Annual returns of the Patna Lunatic Asylum at Bankipore in Bihar and Orissa - 1912-1924
Year: 1912
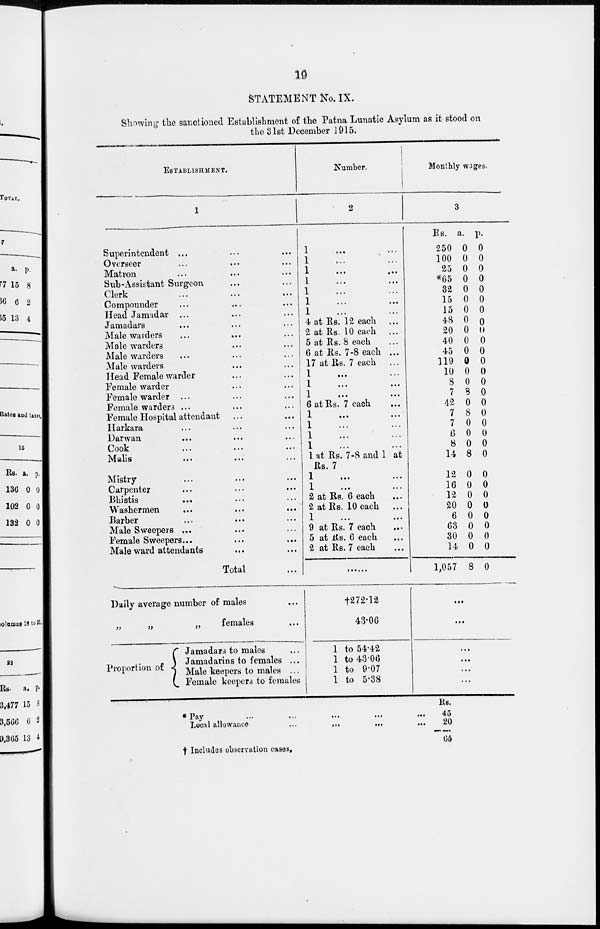
19
STATEMENT No. IX.
Showing the sanctioned Establishment of the Patna Lunatic Asylum as it stood on
the 31st December 1915.
ESTABLISHMENT.
1
Superintendent ... ... ...
Overseer ... ... ...
Matron ... ... ...
Sub-Assistant Surgeon ... ...
Clerk ... ... ...
Compounder ... ... ...
Head Jamidar ... ... ...
Jamadars ... ... ...
Male warders ... ... ...
Male warders ... ... ...
Male warders ... ... ...
Male warders ... ... ...
Head Female warder ... ...
Female warder ... ... ...
Female warder ... ... ...
Female warders ... ... ...
Female Hospital attendant ... ...
Harkara ... ... ...
Darwan ... ... ...
Cook ... ... ...
Malis ... ... ...
Mistry ... ... ...
Carpenter ... ... ...
Bhistis ... ... ...
Washermen ... ... ...
Barber ... ... ...
Male Sweepers ... ... ...
Female Sweepers... ... ...
Male ward attendants ... ...
Total ...
Daily average number of males ...
„
„
„
females ...
Proportion of
Jamadars to males ...
Jamadarins to females ...
Male keepers to males ...
Female keepers to females
Number.
2
1 ... ...
1 ... ...
1 ... ...
1
...
...
1 ... ...
1 ... ...
1 ... ...
4 at Rs. 12 each ...
2 at Rs. 10 each ...
5 at Rs. 8 each ...
6 at Rs. 7-8 each ...
17 at Rs. 7 each ...
1 ... ...
1 ... ...
1
...
...
6 at Rs. 7 each ...
1 ... ...
1 ... ...
1 ... ...
1 ... ...
1 at Rs. 7-8 and 1 at
Rs. 7
1 ... ...
1 ... ...
2 at Rs. 6 each ...
2 at Rs. 10 each
...
1 ... ...
9 at Rs. 7 each ...
5 at Rs. 6 each ...
2 at Rs. 7 each ...
†272.12
43.06
1 to 54.42
1 to 43.06
1 to 9.07
1 to 5.38
Monthly wages.
3
Rs.
250
100
25
*65
32
15
15
48
20
40
45
119
10
8
7
42
7
7
6
8
14
12
16
12
20
6
63
30
14
1,057
a.
0
0
0
0
0
0
0
0
0
0
0
0
0
0
8
0
8
0
0
0
8
0
0
0
0
0
0
0
0
8
p.
0
0
0
0
0
0
0
0
0
0
0
0
0
0
0
0
0
0
0
0
0
0
0
0
0
0
0
0
0
0
...
...
...
...
...
...
*Pay ... ... ... ... ...
Local allowance ... ... ... ...
RS.
45
20
65
† Includes observation cases.